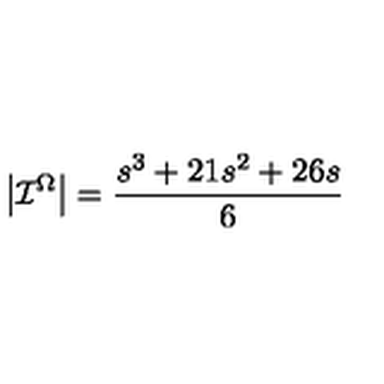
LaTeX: \left| \mathcal { I } ^ { \Omega } \right| = \frac { s ^ { 3 } + 2 1 s ^ { 2 } + 2 6 s } { 6 }